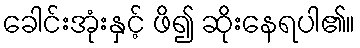
ခေါင်းအုံးနှင့် ဖိ၍ ဆိုးနေရပါ၏။